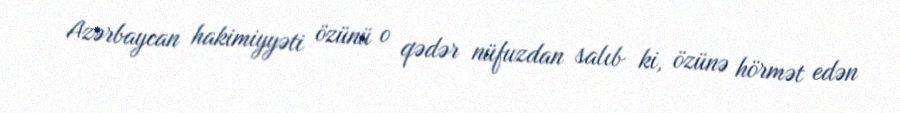
Azərbaycan hakimiyyəti özünü o qədər nüfuzdan salıb ki, özünə hörmət edən